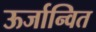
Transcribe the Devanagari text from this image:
ऊर्जान्वित